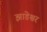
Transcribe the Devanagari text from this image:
झाडेश्वर